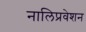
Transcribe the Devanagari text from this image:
नालिप्रवेशन